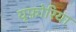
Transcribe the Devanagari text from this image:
यूफ़ोरिया